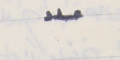
عدد